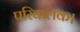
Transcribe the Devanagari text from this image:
परिकलक।